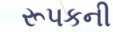
રૂપકની